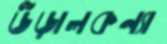
উড়ালকন্যা